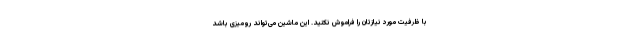
با ظرفیت مورد نیازتان را فراموش نکنید. این ماشین می‌تواند رومیزی باشد